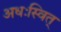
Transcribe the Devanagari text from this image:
अधःस्वित्